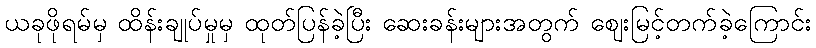
ယခုဖိုရမ်မှ ထိန်းချုပ်မှုမှ ထုတ်ပြန်ခဲ့ပြီး ဆေးခန်းများအတွက် ဈေးမြင့်တက်ခဲ့ကြောင်း